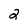
Character: 2